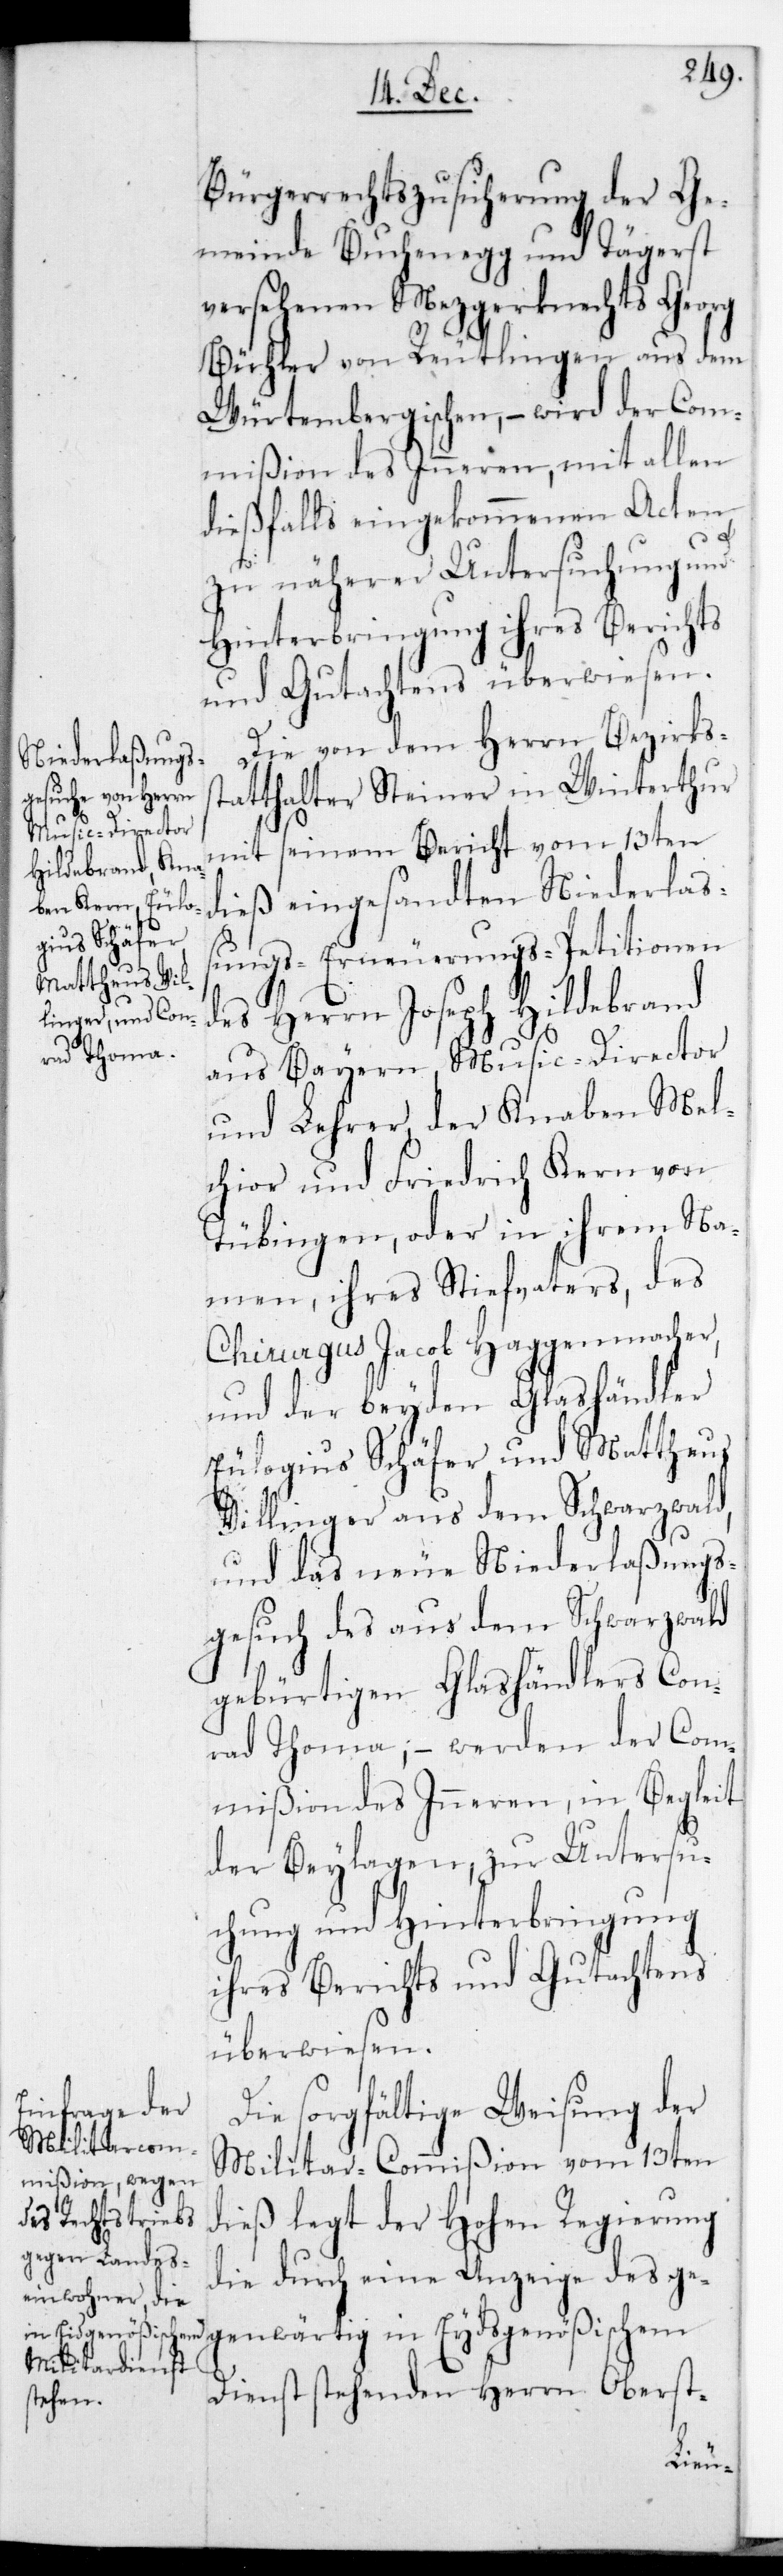
Bürgerrechtszusicherung der Ge¬
meinde Buchenegg und Tägerst
versehenen Metzgerknechts Georg
Bühler von Reutlingen aus dem
Würtembergischen, – wird der Com¬
mißion des Inneren mit allen
dießfalls eingekommenen Acten
zu näherer Untersuchung und
Hinterbringung ihres Berichts
und Gutachtens überwiesen.
Die von Herrn Bezirkss¬
tatthalter Steiner in Winterthur
mit seinem Bericht vom 13ten
dieß eingesandten Niederlaß¬
ungs-Erneuerungs-Petitionen
des Herrn Joseph Hildebrand
aus Bayern, Music-Director
und Lehrer; der Knaben Mel¬
chior und Friedrich Kern von
Tübingen, oder in ihrem Na¬
men, ihres Stiefvaters, des
Chirurgus Jacob Haggenmacher;
und der beyden Glashändler
Eulogius Schäfer und Matthäus
Villinger aus dem Schwarzwald;
und das neue Niederlaßungs¬
gesuch des aus dem Schwarzwald
gebürtigen Glashändlers Con¬
rad Thoma; – werden der Com¬
mißion des Inneren in Begleit
der Beylagen, zur Untersu¬
chung und Hinterbringung
ihres Berichts und Gutachtens
überwiesen.
Die sorgfältige Weisung der
Militar-Commißion vom 13ten
dieß legt der Hohen Regierung
die durch eine Anzeige des ge¬
genwärtig in
Dienst stehenden Herrn Oberst-